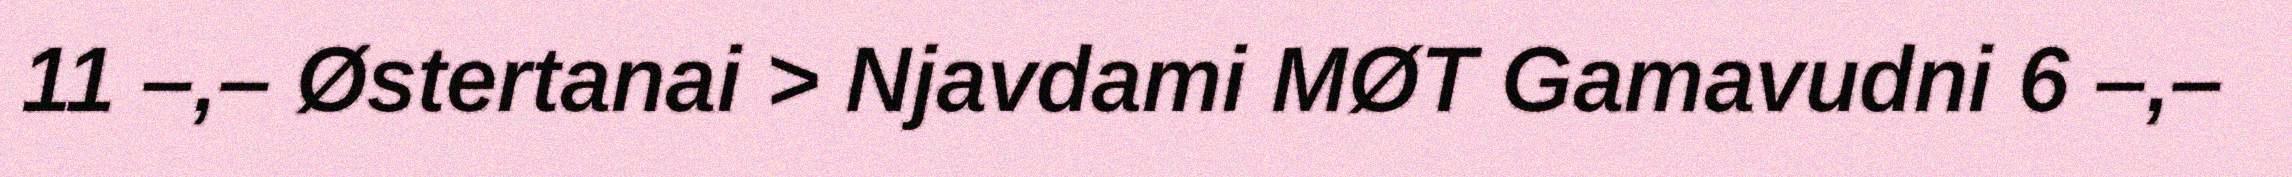
11 –,– Østertanai > Njavdami MØT Gamavudni 6 –,–